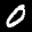
Label: 0